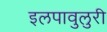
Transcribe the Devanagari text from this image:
इलपावुलुरी